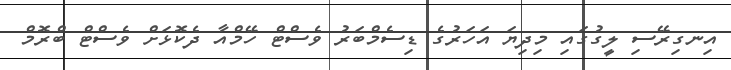
އިނގިރޭސި ލީގުގައި މިދިޔަ އަހަރުގެ ޑިސެމްބަރު ވެސްޓް ހޭމްއާ ދެކޮޅަށް ވެސްޓް ބްރޮމް